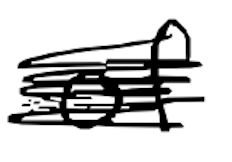
Text: of
Cross-out: scratch
Writing tool: digital_black